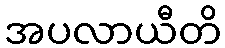
အပလာယီတိ